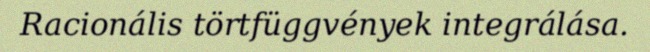
Racionális törtfüggvények integrálása.